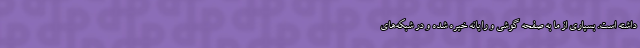
داشته است. بسیاری از ما به صفحه گوشی و رایانه خیره شده و در شبکه‌های